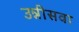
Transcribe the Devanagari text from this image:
उन्नीसवा